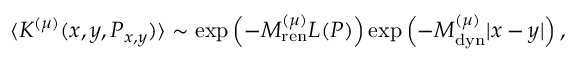
\langle K ^ { ( \mu ) } ( x , y , P _ { x , y } ) \rangle \sim \exp \left( - M _ { \mathrm { r e n } } ^ { ( \mu ) } L ( P ) \right) \exp \left( - M _ { \mathrm { d y n } } ^ { ( \mu ) } | x - y | \right) ,